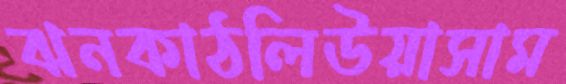
ঝনকাঠলিউয়াসাম